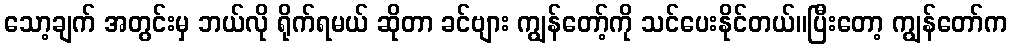
သော့ချက် အတွင်းမှ ဘယ်လို ရိုက်ရမယ် ဆိုတာ ခင်ဗျား ကျွန်တော့်ကို သင်ပေးနိုင်တယ်။ပြီးတော့ ကျွန်တော်က